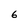
Character: 6